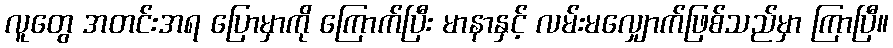
လူတွေ အတင်းအရ ပြောမှာကို ကြောက်ပြီး မာနာနှင့် လမ်းမလျှောက်ဖြစ်သည်မှာ ကြာပြီ။